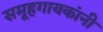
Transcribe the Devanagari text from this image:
समूहगायकांनी